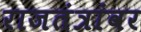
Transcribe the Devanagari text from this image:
राजतंत्रांवर